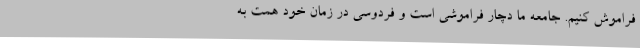
فراموش کنیم. جامعه ما دچار فراموشی است و فردوسی در زمان خود همت به